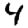
Digit: 4